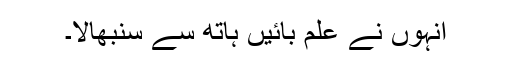
انہوں نے علم بائیں ہاتھ سے سنبھالا۔